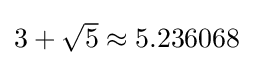
{\textstyle 3+{\sqrt {5}}\approx 5.236068}